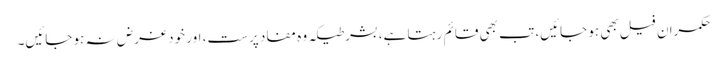
حکمران فیل بھی ہو جائیں، تب بھی قائم رہتا ہے، بشرطیکہ وہ مفاد پرست، اور خود غرض نہ ہو جائیں۔